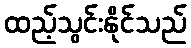
ထည့်သွင်းနိုင်သည်